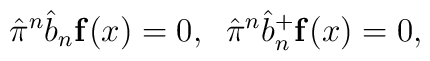
\hat{\pi}^n \hat{b}_n {\bf f}(x)=0,\;\;\hat{\pi}^n \hat{b}_n^+ {\bf f}(x)=0,